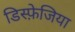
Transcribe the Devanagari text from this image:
डिस्फ़ेजिया